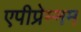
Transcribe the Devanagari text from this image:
एपीप्रेम्नम